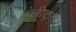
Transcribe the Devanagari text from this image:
प्लीट्स